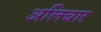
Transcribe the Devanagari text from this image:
अलिचार